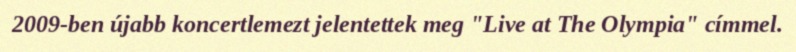
2009-ben újabb koncertlemezt jelentettek meg "Live at The Olympia" címmel.